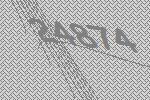
24874